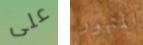
على المتهور